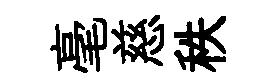
毫慈秩